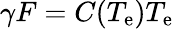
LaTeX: \gamma F=C(T_{\mathrm{e}})T_{\mathrm{e}}